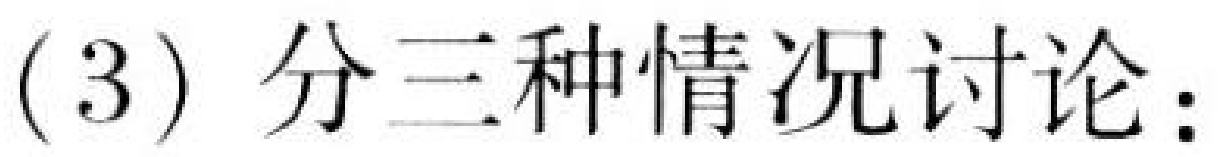
(3) 分三种情况讨论：